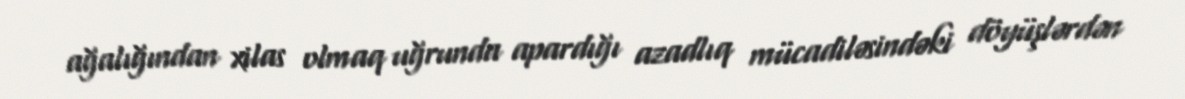
ağalığından xilas olmaq uğrunda apardığı azadlıq mücadiləsindəki döyüşlərdən